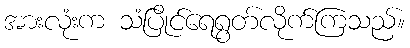
အားလုံးက သံပြိုင်ရေရွတ်လိုက်ကြသည်။